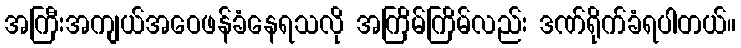
အကြီးအကျယ်အဝေဖန်ခံနေရသလို အကြိမ်ကြိမ်လည်း ဒဏ်ရိုက်ခံရပါတယ်။